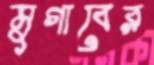
মুগাবের